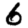
Digit: 6